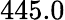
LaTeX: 445.0